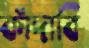
কাঁদাবি